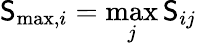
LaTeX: \mathsf{S}_{\textrm{{max,}}i}=\operatorname*{max}_{j}\mathsf{S}_{ij}